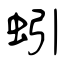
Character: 蚓